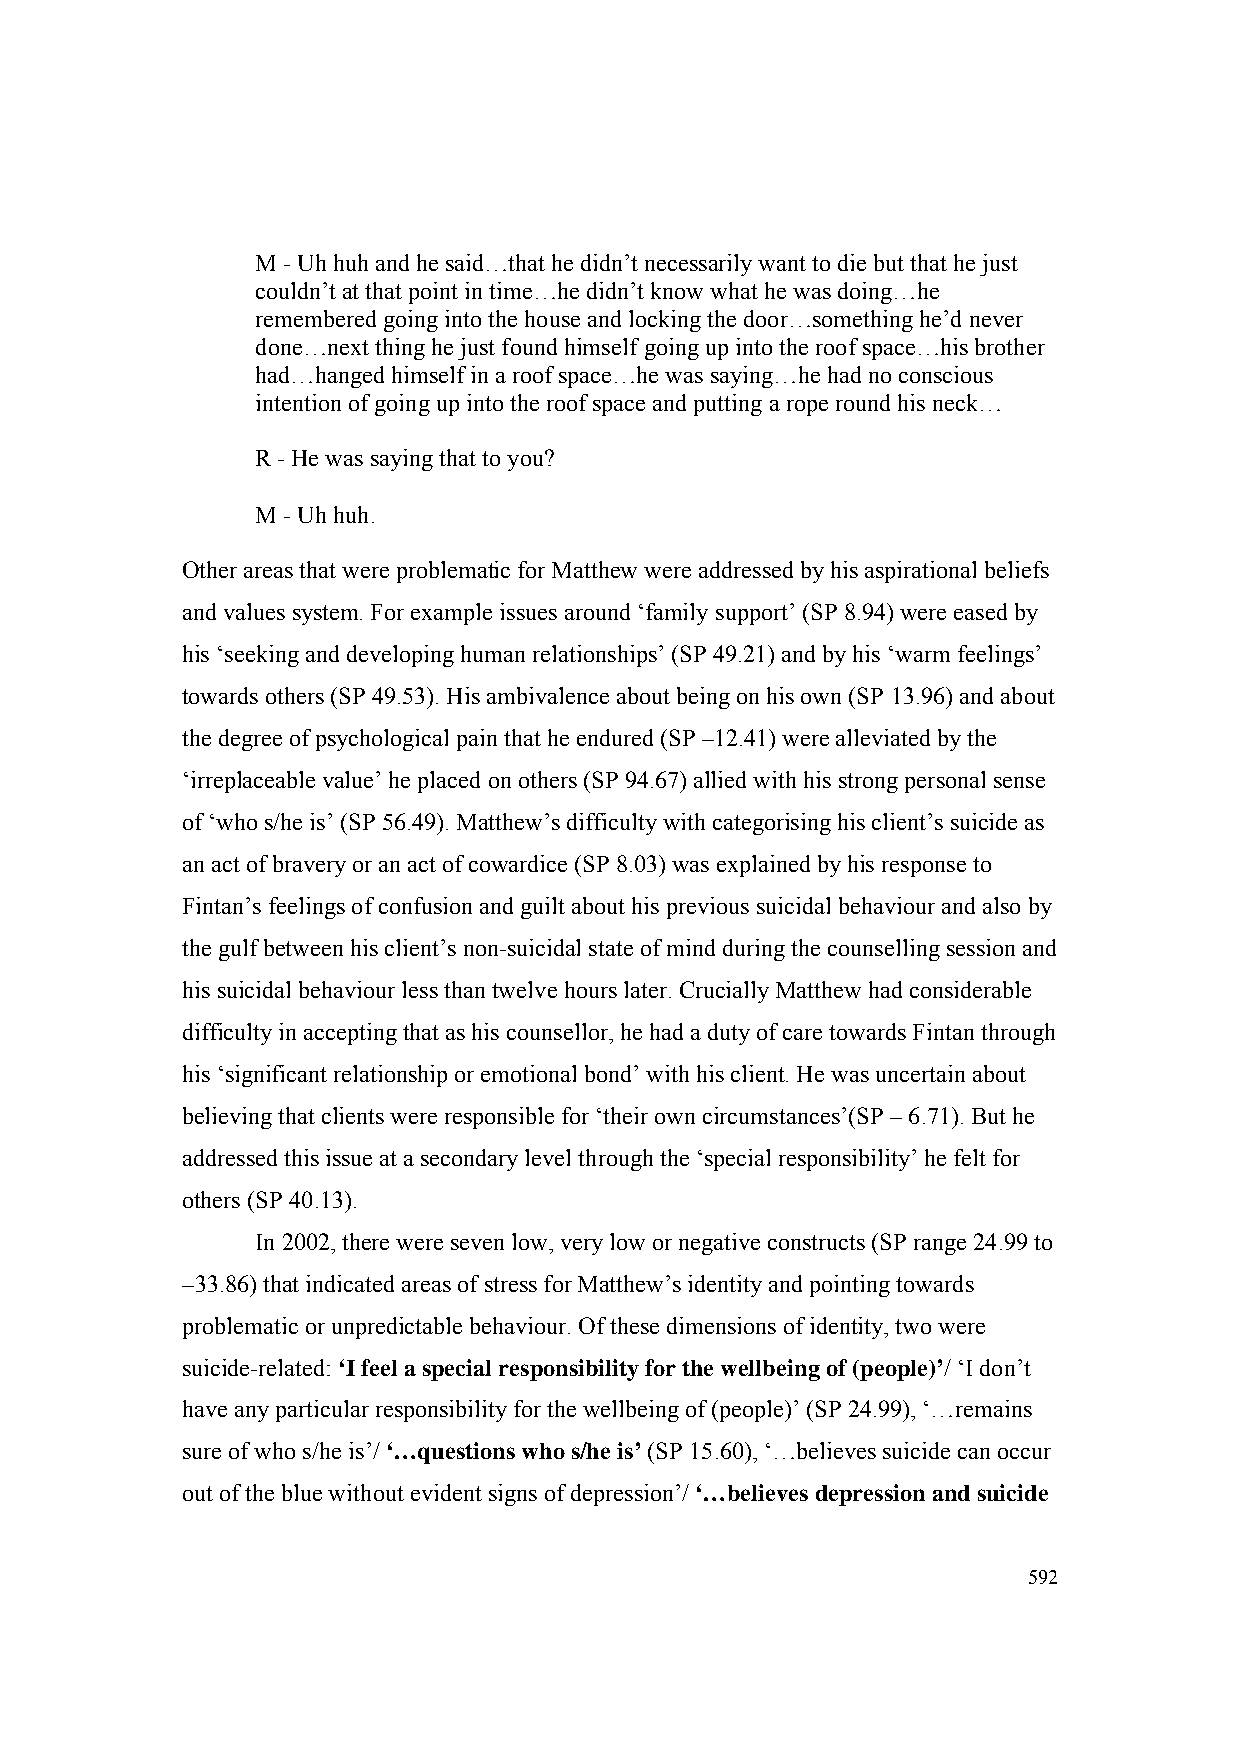
M - Uh huh and he said…that he didn’t necessarily want to die but that he just
 couldn’t at that point in time…he didn’t know what he was doing…he
 remembered going into the house and locking the door…something he’d never
 done…next thing he just found himself going up into the roof space…his brother
 had…hanged himself in a roof space…he was saying…he had no conscious
 intention of going up into the roof space and putting a rope round his neck…
 R - He was saying that to you?
 M - Uh huh.
 Other areas that were problematic for Matthew were addressed by his aspirational beliefs
 and values system. For example issues around ‘family support’ (SP 8.94) were eased by
 his ‘seeking and developing human relationships’ (SP 49.21) and by his ‘warm feelings’
 towards others (SP 49.53). His ambivalence about being on his own (SP 13.96) and about
 the degree of psychological pain that he endured (SP –12.41) were alleviated by the
 ‘irreplaceable value’ he placed on others (SP 94.67) allied with his strong personal sense
 of ‘who s/he is’ (SP 56.49). Matthew’s difficulty with categorising his client’s suicide as
 an act of bravery or an act of cowardice (SP 8.03) was explained by his response to
 Fintan’s feelings of confusion and guilt about his previous suicidal behaviour and also by
 the gulf between his client’s non-suicidal state of mind during the counselling session and
 his suicidal behaviour less than twelve hours later. Crucially Matthew had considerable
 difficulty in accepting that as his counsellor, he had a duty of care towards Fintan through
 his ‘significant relationship or emotional bond’ with his client. He was uncertain about
 believing that clients were responsible for ‘their own circumstances’(SP – 6.71). But he
 addressed this issue at a secondary level through the ‘special responsibility’ he felt for
 others (SP 40.13).
 In 2002, there were seven low, very low or negative constructs (SP range 24.99 to
 –33.86) that indicated areas of stress for Matthew’s identity and pointing towards
 problematic or unpredictable behaviour. Of these dimensions of identity, two were
 suicide-related: ‘I feel a special responsibility for the wellbeing of (people)’/ ‘I don’t
 have any particular responsibility for the wellbeing of (people)’ (SP 24.99), ‘…remains
 sure of who s/he is’/ ‘…questions who s/he is’ (SP 15.60), ‘…believes suicide can occur
 out of the blue without evident signs of depression’/ ‘…believes depression and suicide
 592